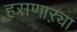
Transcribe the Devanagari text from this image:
हसणाऱ्या